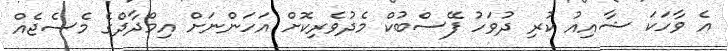
އެ ވާހަކަ ޝާއިއު ކުރި ދުވަހު ފޭސްބުކް މެދުވެރިކޮށް އަހަންނަށް އިމްދާދްގެ މެސެޖެއް